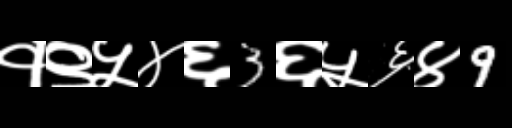
Text: १९५४६3६५६४9